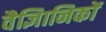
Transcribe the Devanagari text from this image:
वैज्ञिानिकों